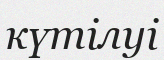
күтілуі